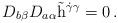
LaTeX: \begin{align*}D_{b\beta}D_{a\alpha}\tilde{{\rm h}}^{\dot{\gamma}\gamma}=0\,.\end{align*}